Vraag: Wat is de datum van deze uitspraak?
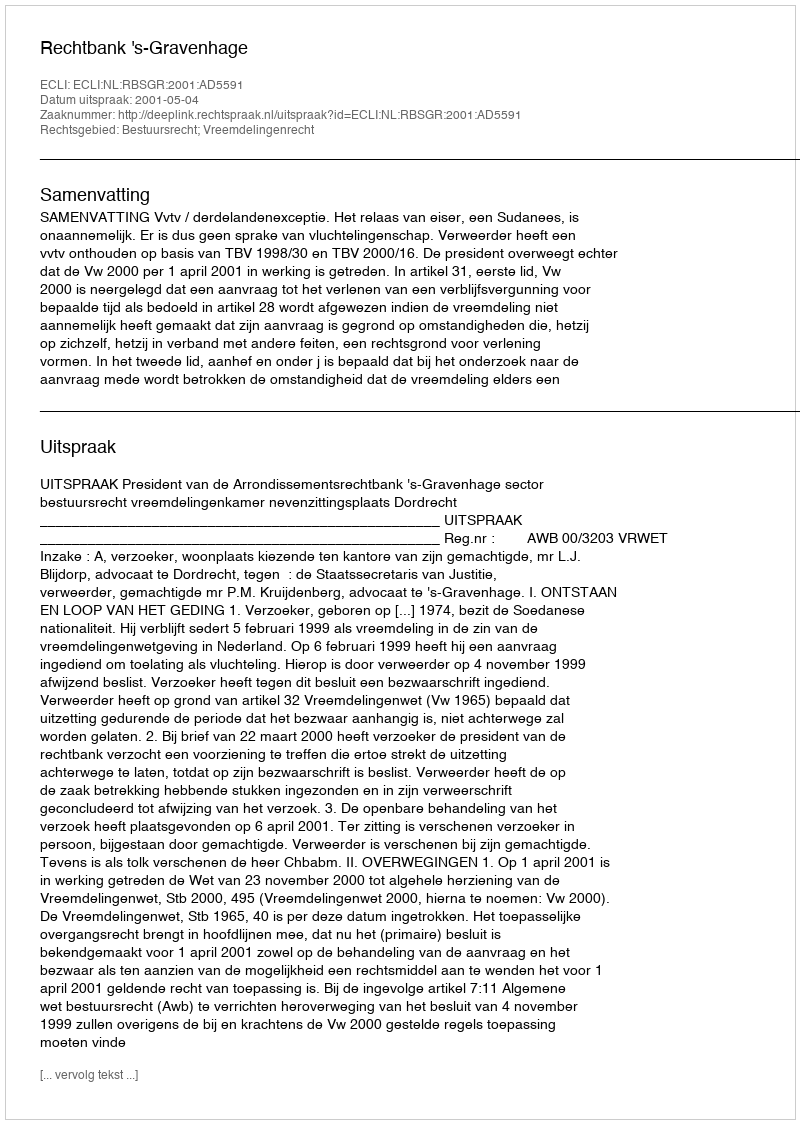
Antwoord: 2001-05-04